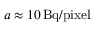
a \approx 1 0 \, \mathrm { B q / p i x e l }